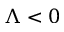
\Lambda < 0